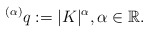
\begin{align*}^{\left( \alpha \right) }q:=|K|^{\alpha},\alpha \in\mathbb{R}. \end{align*}